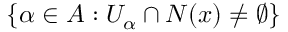
\left\{ \alpha \in A : U _ { \alpha } \cap N ( x ) \neq \varnothing \right\}